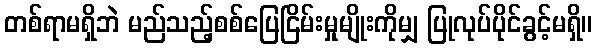
တစ်ရာမရှိဘဲ မည်သည့်စစ်ပြေငြိမ်းမှုမျိုးကိုမျှ ပြုလုပ်ပိုင်ခွင့်မရှိ။